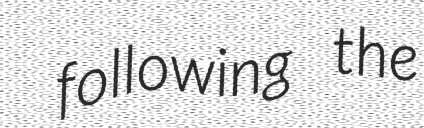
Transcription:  following the